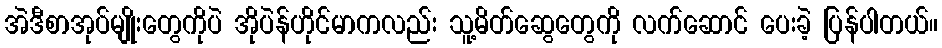
အဲဒီစာအုပ်မျိုးတွေကိုပဲ အိုပဲန်ဟိုင်မာကလည်း သူ့မိတ်ဆွေတွေကို လက်ဆောင် ပေးခဲ့ ပြန်ပါတယ်။